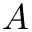
A